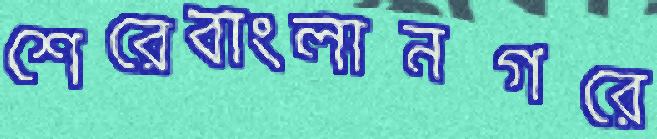
শেরেবাংলানগরে